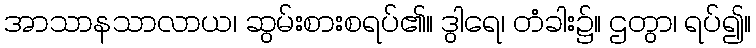
အာသာနသာလာယ၊ ဆွမ်းစားစရပ်၏။ ဒွါရေ၊ တံခါး၌။ ဌတွာ၊ ရပ်၍။